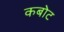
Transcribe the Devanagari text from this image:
कबोट